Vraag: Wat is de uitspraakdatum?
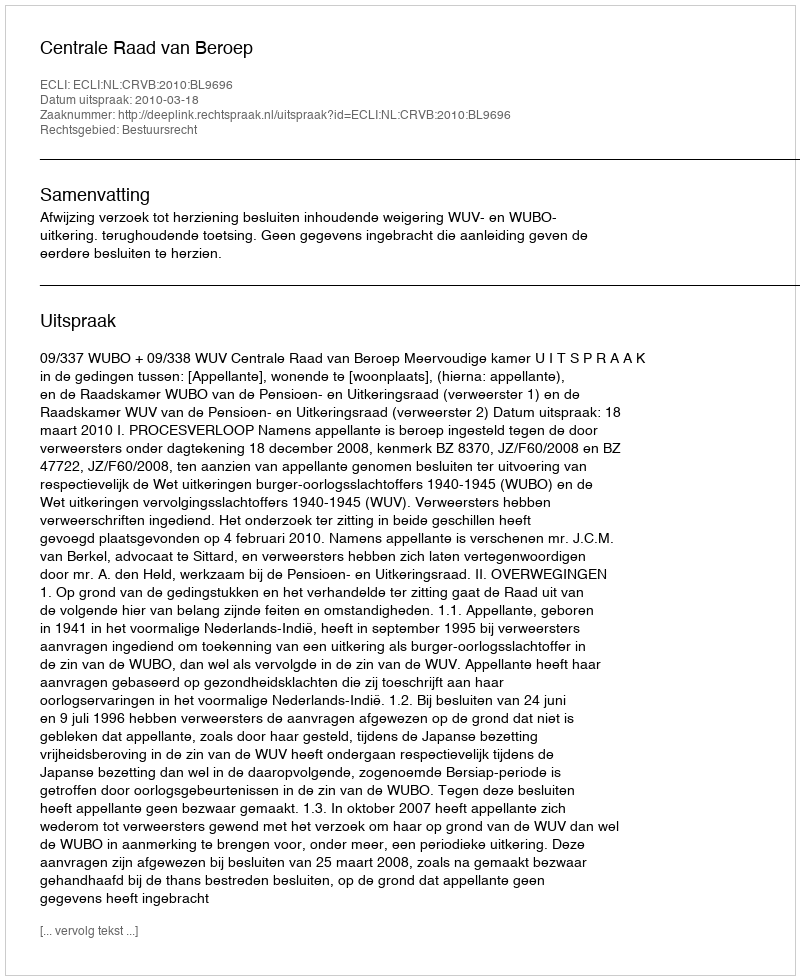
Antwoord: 2010-03-18